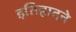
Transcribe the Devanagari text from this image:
इतिहादने